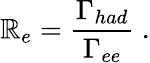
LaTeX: \mathbb{R}_{e}=\frac{{\Gamma_{had}}}{{\Gamma_{ee}}}\ .